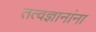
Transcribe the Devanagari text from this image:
तत्वज्ञानांना